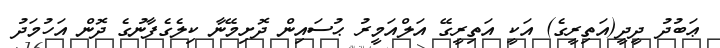
ޢަބުދު ދީދީ(އަތިރީގެ) އަކީ އަތިރީގޭ އަލްއަމީރު ޙުސައިން ދޮށިމޭނާ ކިލެގެފާނުގެ ދޮން އަހުމަދު